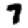
Digit: 7